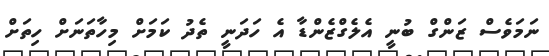
ނަމަވެސް ޒަންގް ބުނީ އެލެގްޒެންޑާ އެ ހަދަނީ ތެދު ކަމަށް މިހާތަނަށް ހިތަށް